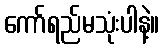
ကော်ရည်မသုံးပါနဲ့။